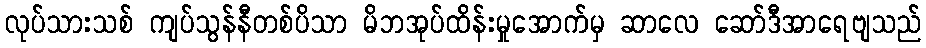
လုပ်သားသစ် ကျပ်သွန်နီတစ်ပိသာ မိဘအုပ်ထိန်းမှုအောက်မှ ဆာလေ ဆော်ဒီအာရေဗျသည်